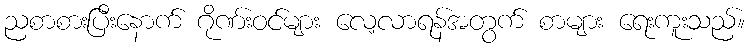
ညစာစားပြီးနောက် ဂိုဏ်းဝင်များ လေ့လာရန်အတွက် စာများ ရေးကူးသည်။